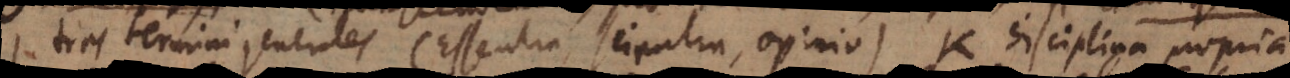
I. tres termini generales (Essentia, scientia, opinio) K. disciplina propria.